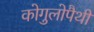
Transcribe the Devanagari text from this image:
कोगुलोपैथी